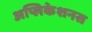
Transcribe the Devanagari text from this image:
अप्लिकेशनस